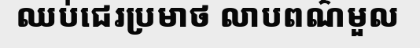
ឈប់ជេរប្រមាថ លាបពណ៌មួល